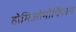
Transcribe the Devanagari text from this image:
होमिओमोर्फिज़म